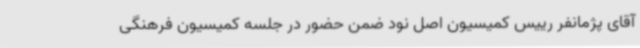
آقای پژمانفر رییس کمیسیون اصل نود ضمن حضور در جلسه کمیسیون فرهنگی